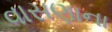
વાસણાના